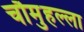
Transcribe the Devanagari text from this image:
चौमुहल्ला